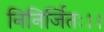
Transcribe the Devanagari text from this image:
निनिर्जितः।।